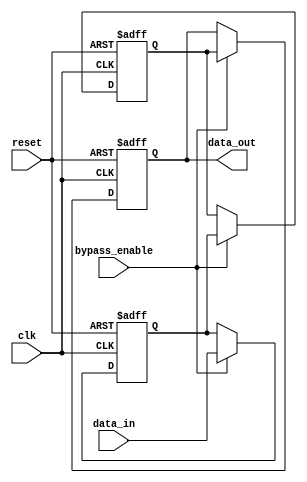
module variable_width_bypass_register (
    input wire clk,
    input wire reset,
    input wire bypass_enable,
    input wire [7:0] data_in,
    output reg [7:0] data_out
);

reg [7:0] reg1;
reg [7:0] reg2;
reg [7:0] reg3;

always @(posedge clk or posedge reset) begin
    if (reset) begin
        reg1 <= 8'b0;
        reg2 <= 8'b0;
        reg3 <= 8'b0;
    end else begin
        reg1 <= bypass_enable ? data_in : reg1;
        reg2 <= bypass_enable ? reg1 : reg2;
        reg3 <= bypass_enable ? reg2 : reg3;
    end
end

assign data_out = reg3;

endmodule